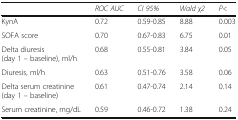
|  | ROC AUC | CI 95% | Wald χ2 | P< |
 | --- | --- | --- | --- | --- |
 | KynA | 0.72 | 0.59-0.85 | 8.88 | 0.003 |
 | SOFA score | 0.70 | 0.67-0.83 | 6.75 | 0.01 |
 | Delta diuresis (day 1 – baseline), ml/h | 0.68 | 0.55-0.81 | 3.84 | 0.05 |
 | Diuresis, ml/h | 0.63 | 0.51-0.76 | 3.58 | 0.06 |
 | Delta serum creatinine (day 1 – baseline) | 0.61 | 0.47-0.74 | 2.14 | 0.14 |
 | Serum creatinine, mg/dL | 0.59 | 0.46-0.72 | 1.38 | 0.24 |